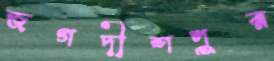
জগদীশপুর